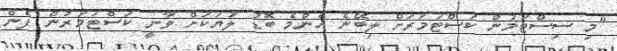
"މި ސިސްޓަމުން ކަސްޓަމަރަށް ލިބޭނެ އެންމެ ބޮޑު ލުޔަކަށް ވާނީ ކަސްޓަމަރުން ފެން